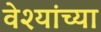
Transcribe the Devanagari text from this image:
वेश्यांच्या